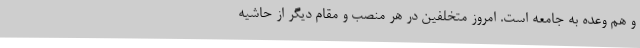
و هم وعده به جامعه است. امروز متخلفین در هر منصب و مقام دیگر از حاشیه